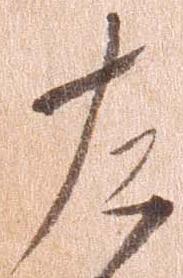
左